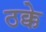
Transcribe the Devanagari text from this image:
ठक्के